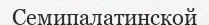
Семипалатинской